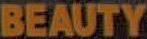
BEAUTY